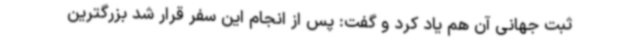
ثبت جهانی آن هم یاد کرد و گفت: پس از انجام این سفر قرار شد بزرگترین